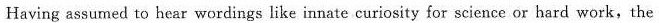
Having assumed to hear wordings like innate curiosity for science or hard work,the